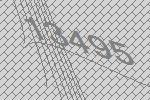
13495